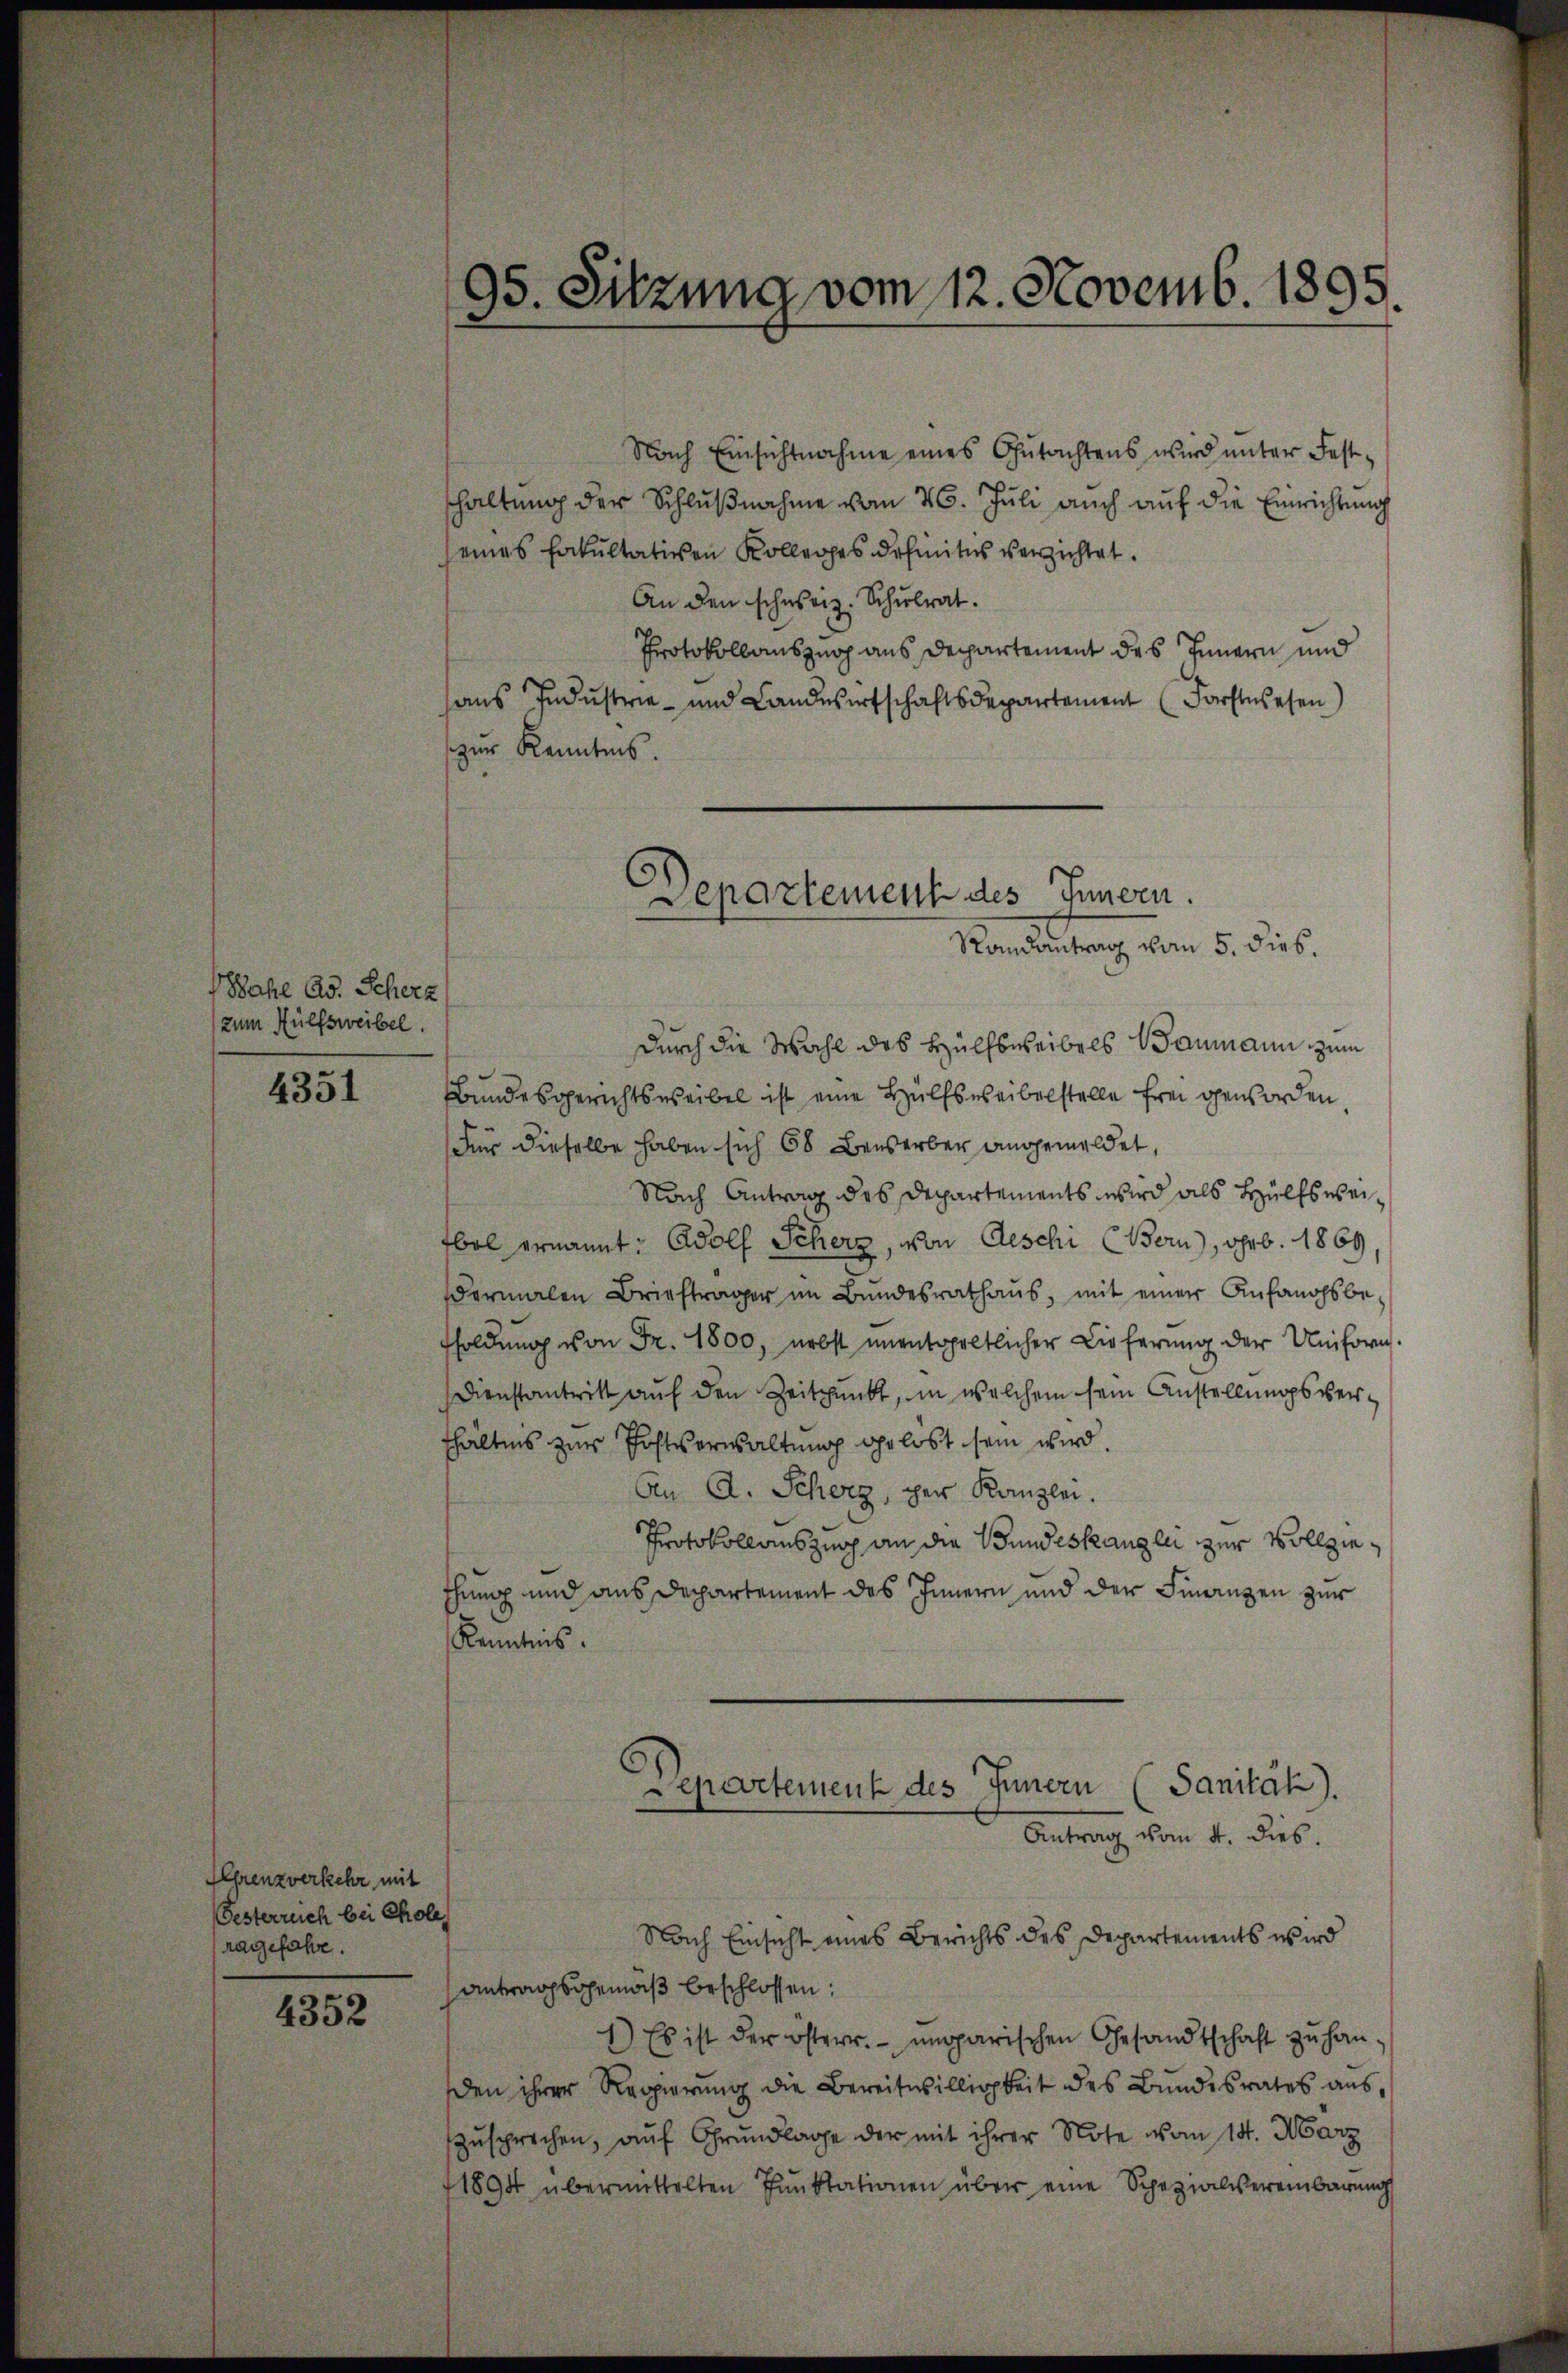
Wahl Ad. Scherz
zum Hülfsweibel.

4351

Ehrenzverkehr mit
Gesterruch bei Chole
ragefahre.

4352

95. Sitzung vom 12. Novemb. 1895.
d

Nach Einsichtnahme eines Gutachtens wird unter Festshaltung der Schlußnahme vom 26. Juli auch auf die Einrichtung
eines Fakultativen Kolleges definitus verzichtet.
An den schweiz. Schulrat.
Protokollauszug aus Departement des Innern und
aus Industrie und Landwirtschaftsdepartement (Forstwesen)
zur Kenntnis.

Departement des Innern.
Randantrag vom 5. dies.

Durch die Wahl des Hülfsweibels Baumann zum
Bundesgerichtsweibel ist eine Hülfsweibelstelle frei geworden
Für dieselbe haben sich 68 Bewerber angemeldet,
Nach Antrag des Departements wird als Hülfsweibel ernannt: Adolf Scherz, von Aeschi (Bern), geb. 1869,
dermalen Briefträger im Bundesrathaŭs, mit einer Anfangsbe-
fsoldung von Fr. 1800, nebst unentgeltlicher Lieferung der Uniforn.
Dienstantritt auf den Zeitpunkt, in welchem sein Anstellungsvershältnis zur Postverwaltung gelöst sein wird.
An A. Schwyz, der Kanzlei.
Protokollauszug an die Bundeskanzlei zur Vollziethung und aus Departement das Innern und der Finanzen zur
Kenntnis.
epertement des Innern (Sanität).
Antrag vom 4. dies.
Nach Einsicht eines Berichts des Departements wird
Antragsgemäß beschlossen:
1.) Es ist der österr. ungarischen Gesandtschaft zŭ han-
den ihrer Regierung die Bereitwilligkeit des Bundesrates aus,
zusprechen, auf Grundlage der mit ihrer Note vom 15. März
1894 übermittelten Pŭnktationen über eine Spezialvereinbarung